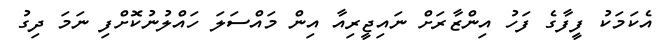
އެކަމަކު ފީފާގެ ފަހު އިންޒާރަށް ނައިޖީރިއާ އިން މައްސަލަ ހައްލުނުކޮށްފި ނަމަ ދިގު